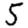
Digit: 5